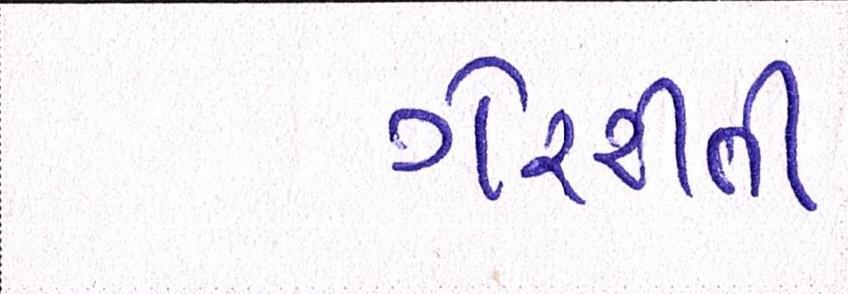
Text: ગેરરીતી